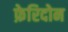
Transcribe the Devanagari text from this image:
फ़ेरिदोन